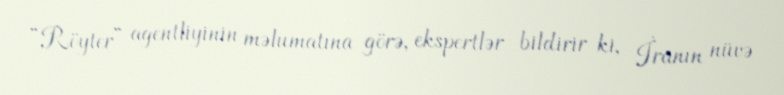
“Röyter” agentliyinin məlumatına görə, ekspertlər bildirir ki, İranın nüvə